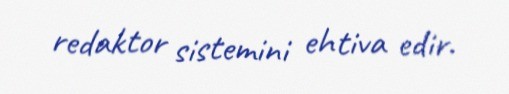
redaktor sistemini ehtiva edir.